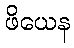
ဖိယေန